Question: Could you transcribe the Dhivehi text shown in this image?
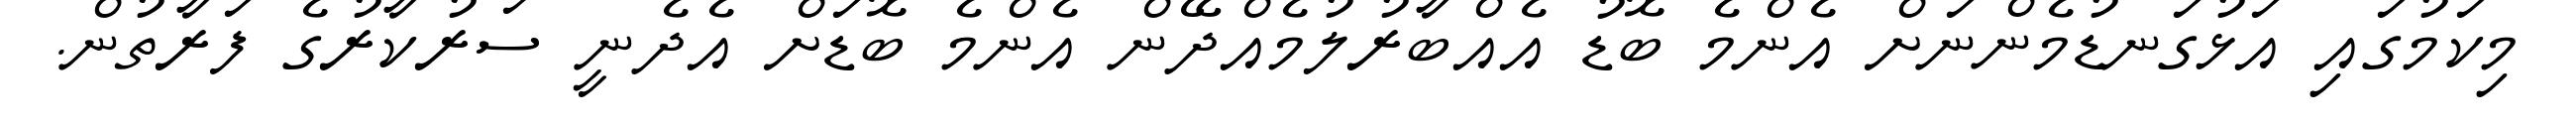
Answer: މިކަމުގައި އަޅުގަނޑުމެންނަށް އެންމެ ބޮޑު އެއްބާރުލުމެއްދޭން އެންމެ ބޮޑަށް އެދެނީ ސަރުކާރުގެ ފަރާތުން.